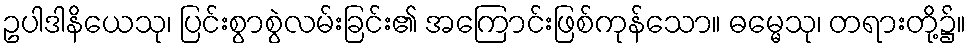
ဥပါဒါနိယေသု၊ ပြင်းစွာစွဲလမ်းခြင်း၏ အကြောင်းဖြစ်ကုန်သော။ ဓမ္မေသု၊ တရားတို့၌။